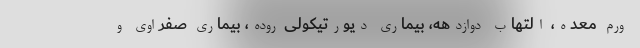
ورم معده، التهاب دوازدهه، بیماری دیورتیکولی روده، بیماری صفراوی و